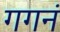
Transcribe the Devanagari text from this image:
गगनं